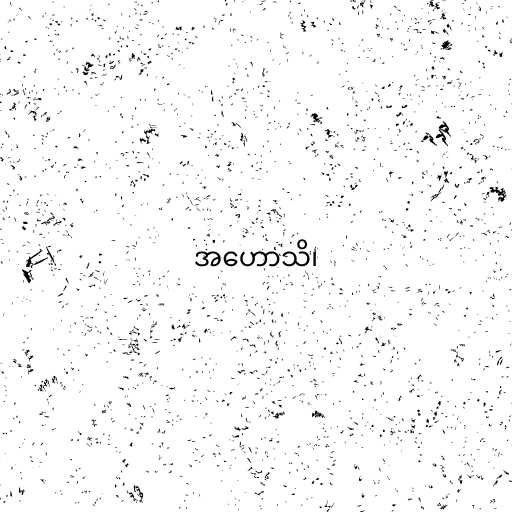
အဟောသိ၊